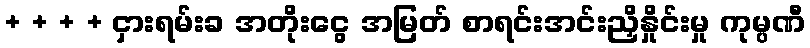
+ + + + ငှားရမ်းခ အတိုးငွေ အမြတ် စာရင်းအင်းညှိနှိုင်းမှု ကုမ္ပဏီ